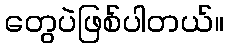
တွေပဲဖြစ်ပါတယ်။